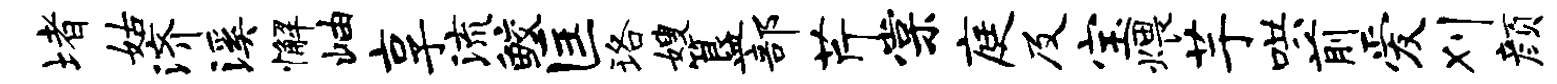
堵姑济溪懈岫享流鲛匡珞嫂簋部芹棠庭及宝煨芋哄前爱刈颜